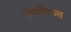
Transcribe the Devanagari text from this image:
निनगिरूस